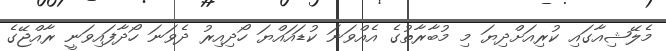
މެލޭޝިއާގައި ކުރިއަށްދިޔަ މި މުބާރާތުގެ އެއްވަނަ ކުޑައައްޔަ ހޯދިއިރު ދެވަނަ ހޯދާފައިވަނީ ރާއްޖޭގެ